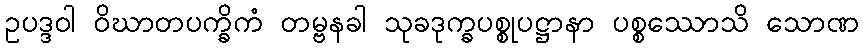
ဥပဒ္ဒဝါ ဝိဃာတပက္ခိကံ တမ္ဗနခါ သုခဒုက္ခပစ္စုပဋ္ဌာနာ ပစ္စဿောသိ သောဏ